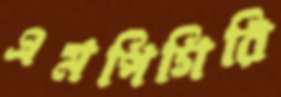
এমপিগিরি